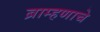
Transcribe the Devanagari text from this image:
ब्राम्हणाचे